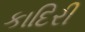
કાદિરી